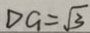
D G = \sqrt { 3 }